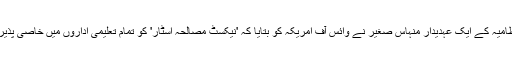
چینل انتظامیہ کے ایک عہدیدار منہاس صغیر نے وائس آف امریکہ کو بتایا کہ 'نیکسٹ مصالحہ اسٹار' کو تمام تعلیمی اداروں میں خاصی پذیرائی ملی۔